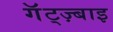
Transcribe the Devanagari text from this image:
गॅट्ज़्बाइ